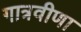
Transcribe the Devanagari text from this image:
गात्रवीणा